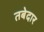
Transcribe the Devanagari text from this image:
तबेदार